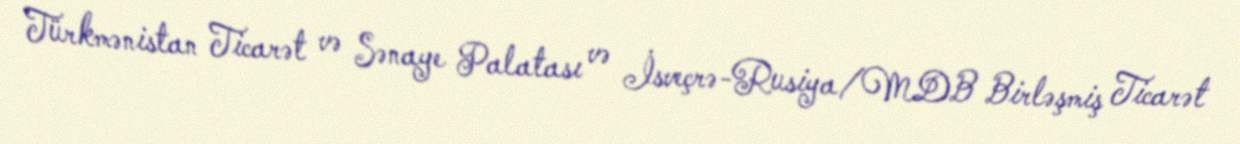
Türkmənistan Ticarət və Sənaye Palatası və İsveçrə-Rusiya/MDB Birləşmiş Ticarət